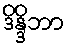
ဒိန္ဒိဘာ